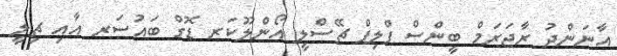
އާނަންދު ރާޖަރަމް ބީންސް ފްލިޕް ޗޭސްލީ އޯންލޫކަރ ޑޮގް ބައުސަރ އާއި ޗިލީ